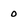
Character: 0